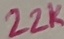
Text: 22K